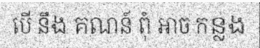
បើ នឹង គណន៍ ពុំ អាច កន្លង